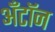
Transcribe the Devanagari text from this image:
अँटॉन